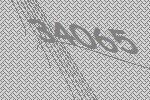
34065